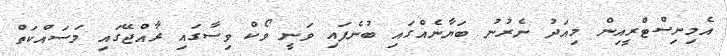
އެމިނިސްޓްރީއިން މިއަދު ނެރުނު ބަޔާނެއްގައި ބުނެފައި ވަނީ ވޯކް ވިސާގައި ރާއްޖޭގައި މަސައްކަތްް